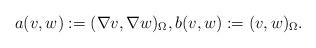
LaTeX: \begin{align*} a(v,w) := (\nabla v, \nabla w)_\Omega, b(v,w) := (v,w)_\Omega.\end{align*}